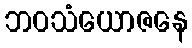
ဘဝသံယောဇနေ